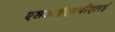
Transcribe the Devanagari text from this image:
एसआईएमपीएलई